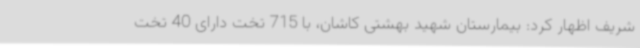
شریف اظهار کرد: بیمارستان شهید بهشتی کاشان، با 715 تخت دارای 40 تخت